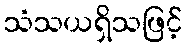
သံသယရှိသဖြင့်